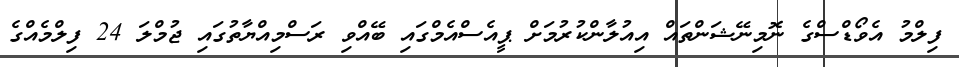
ފިލްމު އެވޯޑްސްގެ ނޮމިނޭޝަންތައް އިއުލާންކުރުމަށް ޕީއެސްއެމްގައި ބޭއްވި ރަސްމިއްޔާތުގައި ޖުމްލަ 24 ފިލްމެއްގެ